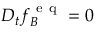
D _ { t } f _ { B } ^ { \mathrm { ~ e ~ q ~ } } = 0